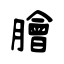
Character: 膾